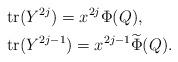
LaTeX: \begin{align*}& \mathrm{tr} (Y^{2j}) =x^{2j} \Phi (Q), \\& \mathrm{tr} (Y^{2j-1}) =x^{2j-1} \widetilde{\Phi} (Q). \end{align*}